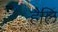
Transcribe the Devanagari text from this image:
हैलि